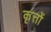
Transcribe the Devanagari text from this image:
कृत्तों